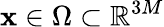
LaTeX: \mathbf{x}\in\Omega\subset\mathbb{R}^{3M}